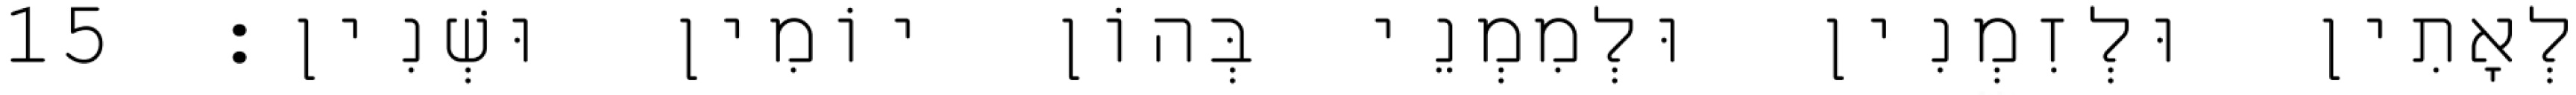
לְאָתִין וּלְזִמְנִין וּלְמִמְנֵי בְּהוֹן יוֹמִין וּשְׁנִין׃ 15